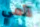
لأمي